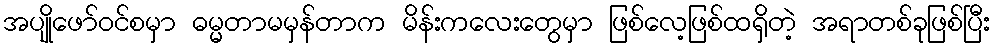
အပျိုဖော်ဝင်စမှာ ဓမ္မတာမမှန်တာက မိန်းကလေးတွေမှာ ဖြစ်လေ့ဖြစ်ထရှိတဲ့ အရာတစ်ခုဖြစ်ပြီး